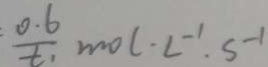
: \frac { 0 . 6 } { t _ { 1 } } m o l \cdot L ^ { - 1 } . s ^ { - 1 }